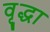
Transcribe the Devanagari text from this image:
वृृद्धा